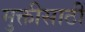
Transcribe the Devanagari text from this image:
मुक्तीसाठीं